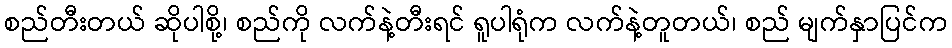
စည်တီးတယ် ဆိုပါစို့၊ စည်ကို လက်နဲ့တီးရင် ရူပါရုံက လက်နဲ့တူတယ်၊ စည် မျက်နှာပြင်က